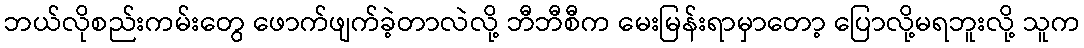
ဘယ်လိုစည်းကမ်းတွေ ဖောက်ဖျက်ခဲ့တာလဲလို့ ဘီဘီစီက မေးမြန်းရာမှာတော့ ပြောလို့မရဘူးလို့ သူက